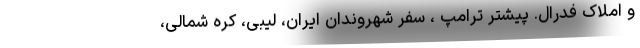
و املاک فدرال. پیشتر ترامپ ، سفر شهروندان ایران، لیبی، کره شمالی،